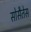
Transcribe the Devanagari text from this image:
सोसैतेस